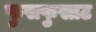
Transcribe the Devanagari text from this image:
फुसफुसाट